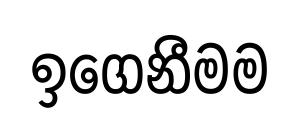
ඉගෙනීමම